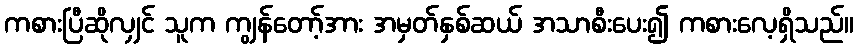
ကစားပြီဆိုလျှင် သူက ကျွန်တော့်အား အမှတ်နှစ်ဆယ် အသာစီးပေး၍ ကစားလေ့ရှိသည်။